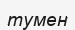
тумен